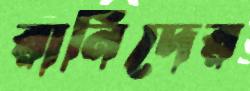
রানিদের